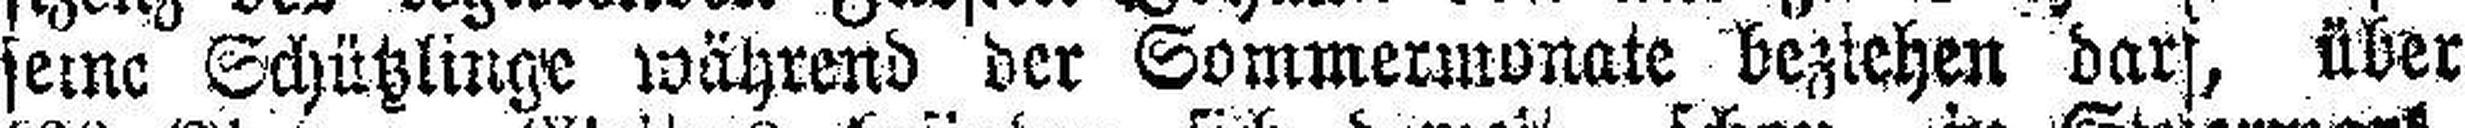
seine Schutzlinge während der Sommermonate beziehen darf, über